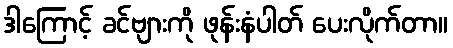
ဒါကြောင့် ခင်ဗျားကို ဖုန်းနံပါတ် ပေးလိုက်တာ။